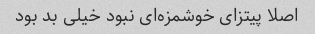
اصلا پیتزای خوشمزه‌ای نبود خیلی بد بود